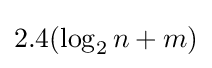
2.4(\log _{2}n+m)